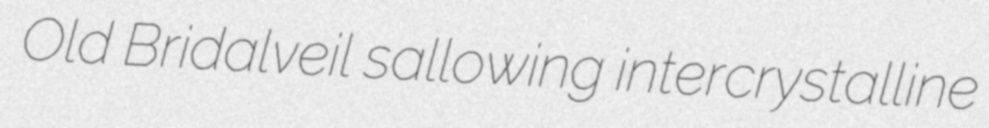
Old Bridalveil sallowing intercrystalline